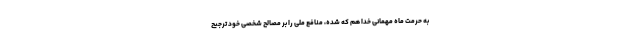
به حرمت ماه مهمانی خدا هم که شده، منافع ملی را بر مصالح شخصی خود ترجیح